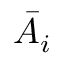
\bar { A _ { i } }